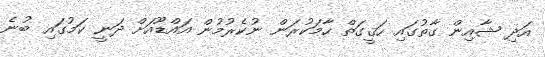
އަދި ޝާއިން ގާތުގައި ހަޤީގަތް ހާމަކުރަން ނުކެރުމުން އައްޑޫއަށް ދަނީ ކަމުގައި ބުނެ